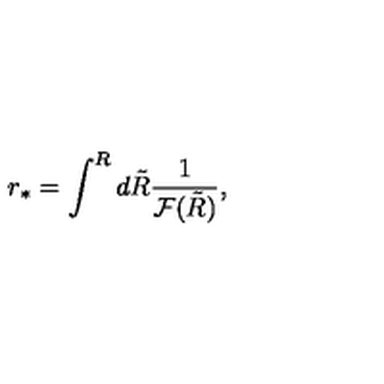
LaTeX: { r _ { * } } = \int ^ { R } d \tilde { R } \frac { 1 } { { \cal F } ( \tilde { R } ) } ,